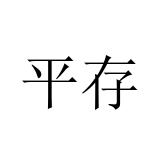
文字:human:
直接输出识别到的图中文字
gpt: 平存